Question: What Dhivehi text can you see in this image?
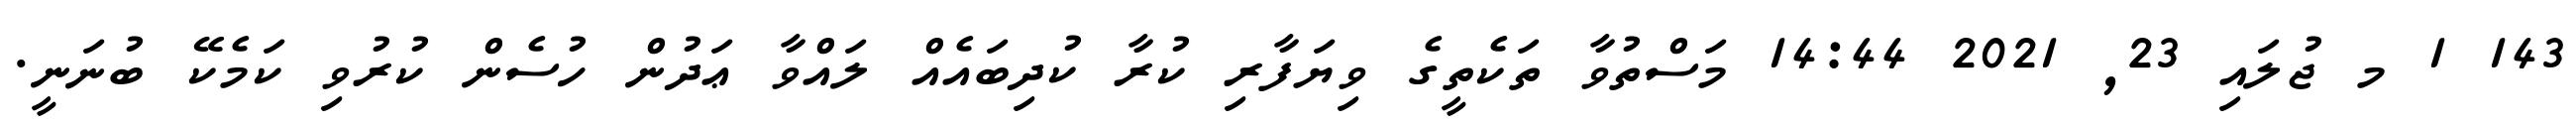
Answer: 143 1 މ ޖުލައި 23, 2021 14:44 މަސްތުވާ ތަކެތީގެ ވިޔަފާރި ކުރާ ކުދިބައެއް ލައްވާ ޢަދުން ހުސެން ކުރުވި ކަމެކޭ ބުނަނީ.